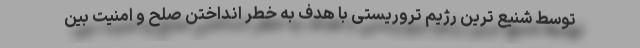
توسط شنیع ترین رژیم تروریستی با هدف به خطر انداختن صلح و امنیت بین